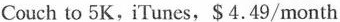
Couch to 5K, iTuncs,$4,49/month